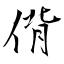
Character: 偝